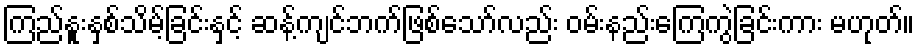
ကြည်နူးနှစ်သိမ့်ခြင်းနှင့် ဆန့်ကျင်ဘက်ဖြစ်သော်လည်း ဝမ်းနည်းကြေကွဲခြင်းကား မဟုတ်။